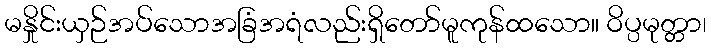
မနှိုင်းယှဉ်အပ်သောအခြံအရံလည်းရှိတော်မူကုန်ထသော။ ဝိပ္ပမုတ္တာ၊